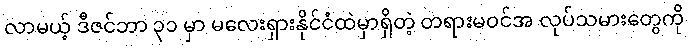
လာမယ့် ဒီဇင်ဘာ ၃၁ မှာ မလေးရှားနိုင်ငံထဲမှာရှိတဲ့ တရားမဝင်အ လုပ်သမားတွေကို